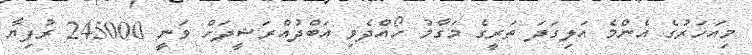
މިއަހަރުގެ އެންމެ އަލިގަދަ ތަރީގެ މަގާމު ހޯއްދެވި އަބްދުއްރަޝީދަށް ވަނީ 245000 ރުފިޔާ